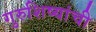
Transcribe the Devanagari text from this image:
गुरुशिष्यांची